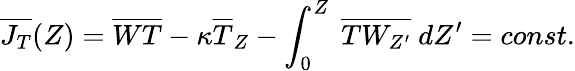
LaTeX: \overline{{J_{T}}}(Z)=\overline{{WT}}-\kappa\overline{{T}}_{Z}-\int_{0}^{Z}\ \overline{{TW_{Z^{\prime}}}}\ dZ^{\prime}=const.